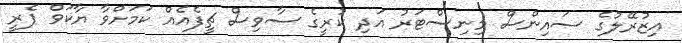
އިޒުރޭލުގެ ސައިންސް މިނިސްޓަރު އަދި ކުރީގެ ސާވިސް ޗީފެއެއް ކަމަށްވާ ޔާކަވް ޕެރީ